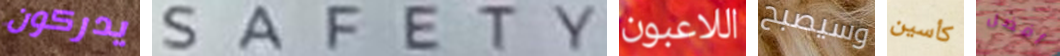
يدركون SAFETY اللاعبون وسيصبح كأسين أفضل